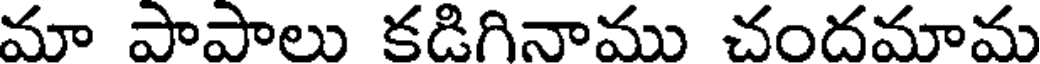
మా పాపాలు కడిగినాము చందమామ